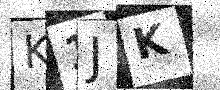
Text: K1JK